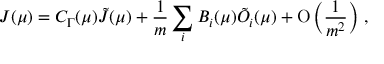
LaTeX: J ( \mu ) = C _ { \Gamma } ( \mu ) \tilde { J } ( \mu ) + \frac 1 { m } \sum _ { i } B _ { i } ( \mu ) \tilde { O } _ { i } ( \mu ) + \mathrm { O } \left( \frac 1 { m ^ { 2 } } \right) \, ,